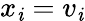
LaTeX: x_{\mathit{i}}=v_{\mathit{i}}